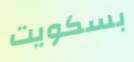
بسكويت